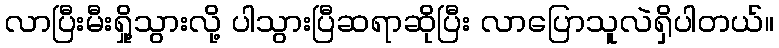
လာပြီးမီးရှို့သွားလို့ ပါသွားပြီဆရာဆိုပြီး လာပြောသူလဲရှိပါတယ်။